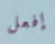
إفعل